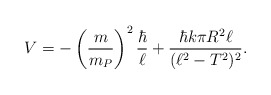
\begin{align*}V = - \left({m\over m_P}\right)^2 {\hbar\over \ell} + {\hbar k \pi R^2 \ell \over (\ell^2-T^2)^2}.\end{align*}